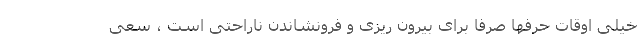
خیلی اوقات حرفها صرفا برای بیرون ریزی و فرونشاندن ناراحتی است ، سعی